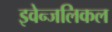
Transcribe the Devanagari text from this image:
इवेन्जलिकल